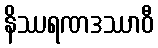
နိဿရဏဒဿာဝီ